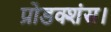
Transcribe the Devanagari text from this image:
प्रोडक्शंस।